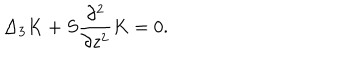
LaTeX: \Delta _ { 3 } K + S \frac { \partial ^ { 2 } } { \partial z ^ { 2 } } K = 0 .